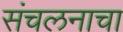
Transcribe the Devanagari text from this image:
संचलनाचा